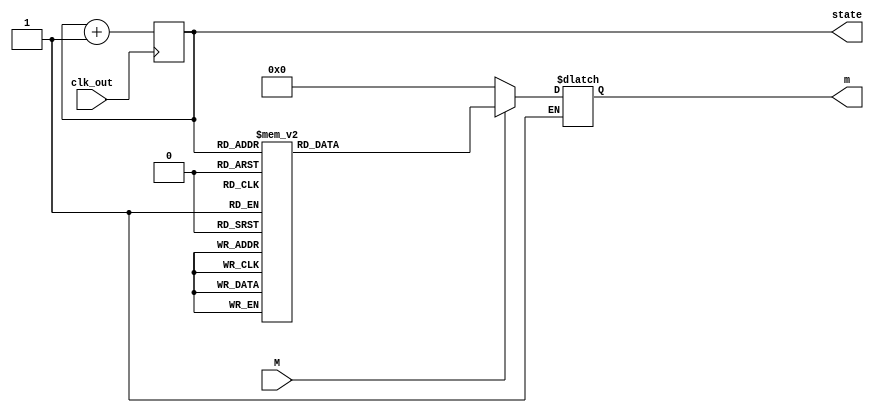
`timescale 1ns / 1ps
//////////////////////////////////////////////////////////////////////////////////
// Company: 
// Engineer: 
// 
// Design Name: 
// Module Name: state
// Project Name: 
// Target Devices: 
// Tool Versions: 
// Description: 
// 
// Dependencies: 
// 
// Revision:
// Revision 0.01 - File Created
// Additional Comments:
// 
//////////////////////////////////////////////////////////////////////////////////


module state(
input clk_out,     //0.5s
input M,
output reg [7:0] state=8'b0000_0000,           
output reg [4:0] m=0

    );
 
    
   always@(posedge clk_out)         
     state=state+1;
 
 
 always@(M,state)               //
   if(M)
     begin
     case(state) 
     0: m=5;                    
        
     1: m=8; 
     2: m=7;
     3: m=9;     
     4: m=8;   
     5: m=5;    
     6: m=3;
         
     7: m=6;   
     8: m=6;  
     9: m=4;
     10: m=0;
     11: m=6;     
        
     12: m=9;
     13: m=8;
     14: m=7;     
     15: m=6;
     16: m=5;
     17: m=4;
     
     18: m=3;     
     19: m=3;
     20: m=3;
     21: m=5;    
     
     22: m=8;  
     23: m=7;    
     24: m=9;
     25: m=8;
     26: m=5;
     27: m=3;        
     
     28: m=6;     
     29: m=6;    
     30: m=4;
     31: m=6;
     32: m=9;
     33: m=8;
         
     34: m=7;    
     35: m=8;
     36: m=11; 
     37: m=7;
     
     38: m=8;      
     39: m=8;
     40: m=8; 
     41: m=0; 
     42: m=10;      
     43: m=9; 
     
     44: m=7; 
     45: m=7;
     46: m=6;
     47: m=7;
     48: m=8;
     49: m=6;
     
     50: m=7;
     51: m=7; 
     52: m=5; 
     53: m=5;      
     54: m=4; 
     55: m=5;
      
     56: m=6;
     57: m=6;
     58: m=9;
     59: m=8;
     
     50: m=7;
     51: m=7; 
     52: m=5; 
     53: m=6;      
     54: m=4; 
     55: m=5;
      
     56: m=6;
     57: m=6;
     58: m=9;
     59: m=8;
     
     60: m=7;
     61: m=7; 
     62: m=7; 
     63: m=0;      
     64: m=9; 
         
     65: m=9;  
     66: m=7;
     67: m=5;
     68: m=5;
     69: m=4;
     70: m=5;
     
     71: m=10; 
     72: m=10; 
     73: m=8;      
     74: m=6;     
     75: m=7;     
     76: m=8;
     
     77: m=7;
     78: m=9;
     79: m=8;
     80: m=6;
     
     81: m=5; 
     82: m=5; 
     83: m=5;      
     84: m=0;     
     85: m=10;     
     86: m=9;
     
     87: m=8;
     88: m=8;
     89: m=5;
     90: m=3;    
          
     91: m=6; 
     92: m=6; 
     93: m=4;      
     94: m=0;     
     95: m=9;     
     96: m=8;
         
     97: m=7;
     98: m=7;
     99: m=6; 
     100: m=5;
          
     101: m=5; 
     102: m=5; 
     103: m=5;      
     104: m=0;     
     105: m=5; 
         
     106: m=10;    
     107: m=10;
     108: m=9;
     109: m=5;
          
     110: m=8;     //61
     111: m=8; 
     112: m=7; 
     113: m=7;
           
     114: m=6;     
     115: m=5;     
     116: m=6;    
     117: m=9;
     
     118: m=9;
     119: m=9;
     120: m=9;     
     121: m=0; 
     122: m=10; 
     123: m=9;
           
     124: m=8;     
     125: m=8;     
     126: m=5;    
     127: m=3;
     
     128: m=6;
     129: m=6;
     130: m=4;     
     131: m=0; 
     132: m=9; 
     133: m=8; 
          
     134: m=7;     //71
     135: m=7;     
     136: m=6;    
     137: m=5;
     
     138: m=10;
     139: m=10;
     140: m=10;     
     141: m=10; 
     
     142: m=12; 
     143: m=12;      
     144: m=11;     
     145: m=10;
          
     146: m=9;    
     147: m=10;
     148: m=11;
     149: m=0;     
     150: m=11; 
         
     151: m=10; 
     152: m=10; 
     153: m=9;      
     154: m=9;     
     155: m=8;     
     156: m=8;    
     157: m=8;
                                                        
     default: m=0;
     endcase
     end
    else if (~M)
      m=0;
 
     
     
endmodule